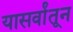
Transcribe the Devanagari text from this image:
यासर्वांतून